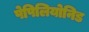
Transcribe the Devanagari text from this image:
पेपिलियोनिड